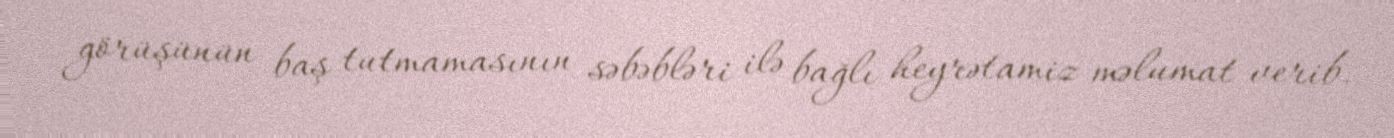
görüşünün baş tutmamasının səbəbləri ilə bağlı heyrətamiz məlumat verib.